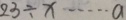
2 3 \div x \cdots a